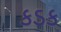
કડક